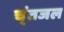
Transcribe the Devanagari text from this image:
च्ंतजल